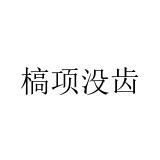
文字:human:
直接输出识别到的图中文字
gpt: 槁项没齿